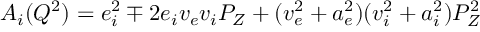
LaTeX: A _ { i } ( Q ^ { 2 } ) = e _ { i } ^ { 2 } \mp 2 e _ { i } v _ { e } v _ { i } P _ { Z } + ( v _ { e } ^ { 2 } + a _ { e } ^ { 2 } ) ( v _ { i } ^ { 2 } + a _ { i } ^ { 2 } ) P _ { Z } ^ { 2 }